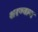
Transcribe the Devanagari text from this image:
शरण्याय